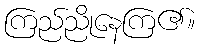
ကြည်ညိုနေကြ၏။